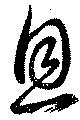
恩